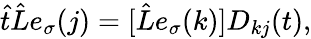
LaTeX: \hat{t}\hat{L}e_{\sigma}(j)=[\hat{L}e_{\sigma}(k)]D_{kj}(t),